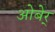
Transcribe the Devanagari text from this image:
ओबेर्